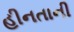
હીનતાની